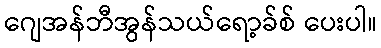
ဂျေအန်ဘီအွန်သယ်ရော့ခ်စ် ပေးပါ။